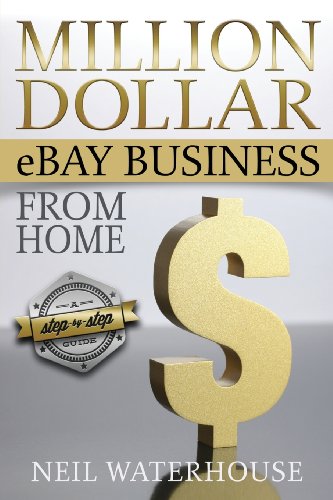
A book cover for Million Dollar eBay Business From Home: A Step By Step Guide; Mr Neil Waterhouse; Computers & Technology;